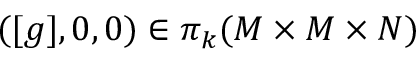
( [ g ] , 0 , 0 ) \in \pi _ { k } ( M \times M \times N )